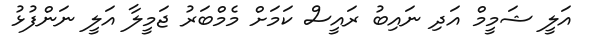
އަލީ ޝަމީމް އަދި ނައިބު ރައީސް ކަމަށް މެމްބަރު ޖަމީލާ އަލީ ނަންފުޅު